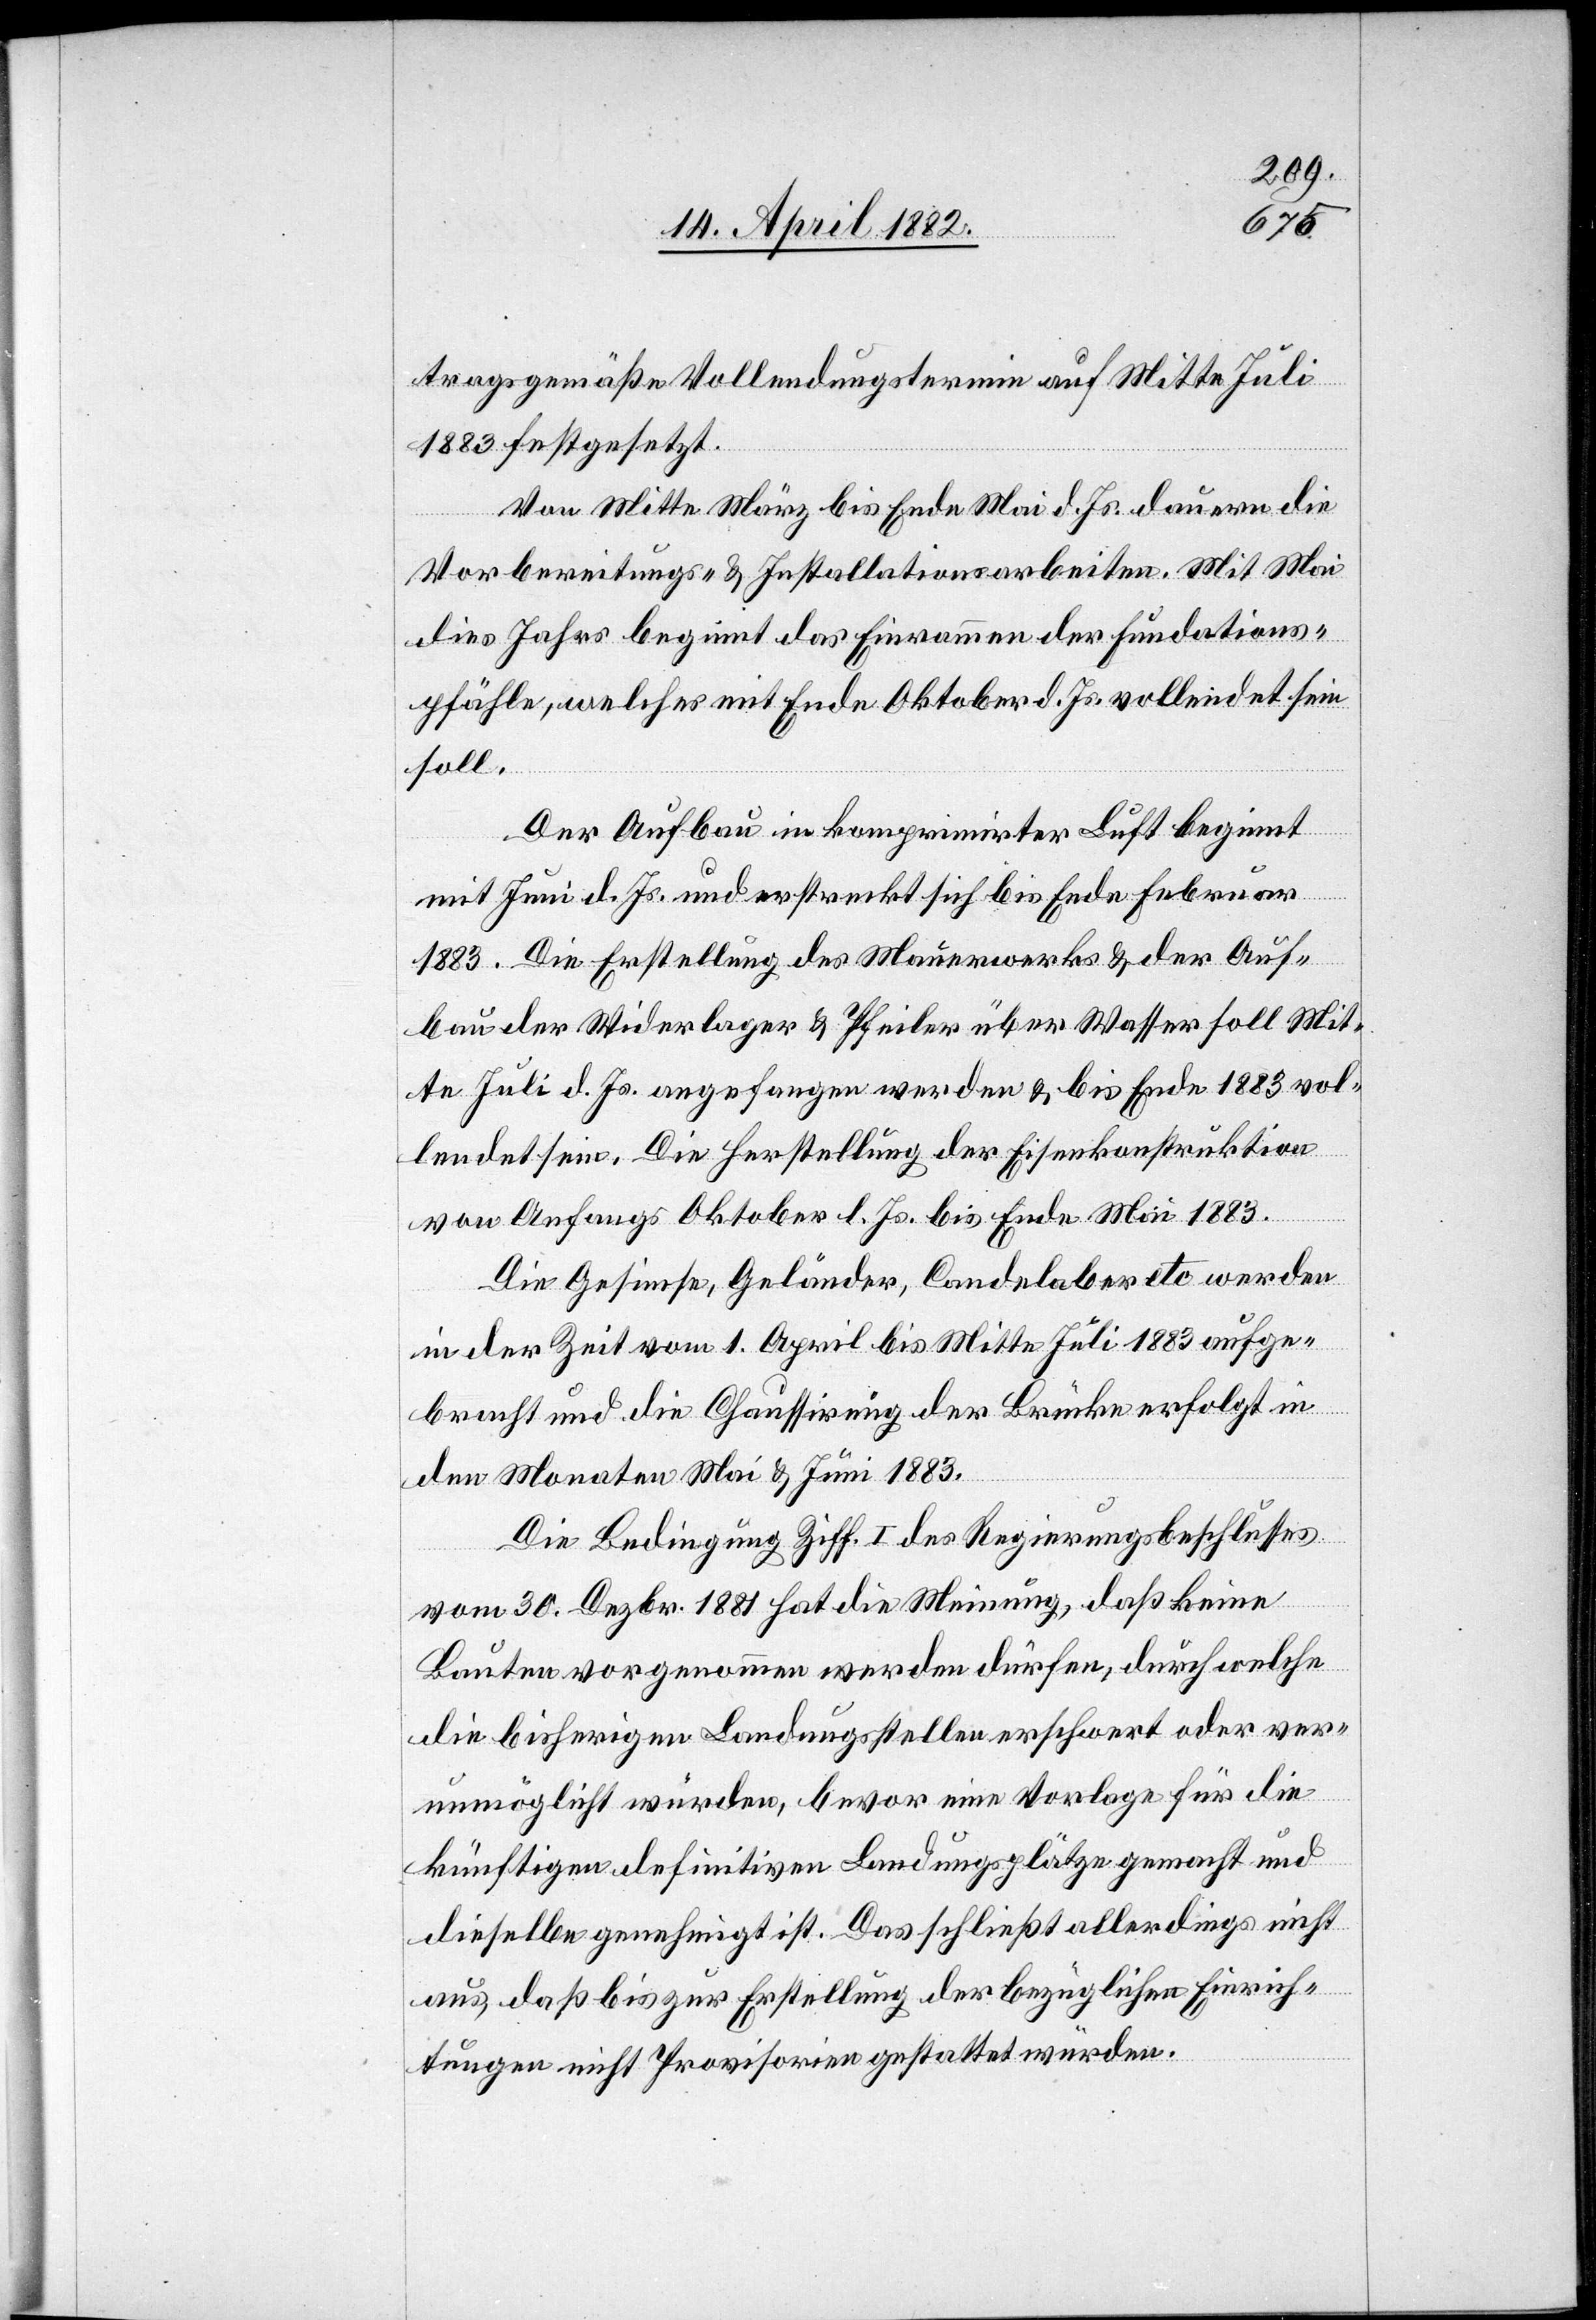
tragsgemäße Vollendungstermin auf Mitte Juli
1883 festgesetzt.
Von Mitte März bis Ende Mai d. Js. dauern die
Vorbereitungs- & Installationsarbeiten. Mit Mai
dies Jahrs beginnt das Einrammen der Fundations¬
pfähle, welches mit Ende Oktober d. Js. vollendet sein
soll.
Der Aufbau in komprimirter Luft beginnt
mit Juni d. Js. und erstreckt sich bis Ende Februar
1883. Die Erstellung des Mauerwerks & der Auf¬
bau der Widerlager & Pfeiler über Wasser soll Mit¬
te Juli d. Js. angefangen werden & bis Ende 1883 vol¬
lendet sein. Die Herstellung der Eisenkonstruktion
von Anfangs Oktober l. Js. bis Ende Mai 1883.
Die Gesimse, Geländer, Candelaber etc. werden
in der Zeit vom 1. April bis Mitte Juli 1883 aufge¬
bracht und die Chaussirung der Brücke erfolgt in
den Monaten Mai & Juni 1883.
Die Bedingung Ziff. I des Regierungsbeschlusses
vom 30. Dezbr. 1881 hat die Meinung, daß keine
Bauten vorgenommen werden dürfen, durch welche
die bisherigen Landungsstellen erschwert oder ver¬
unmöglicht würden, bevor eine Vorlage für die
künftigen definitiven Landungsplätze gemacht und
dieselbe genehmigt ist. Das schließt allerdings nicht
aus, daß bis zur Erstellung der bezüglichen Einrich¬
tungen nicht Provisorien gestattet würden.